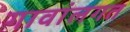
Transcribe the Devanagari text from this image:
गावांलगत